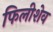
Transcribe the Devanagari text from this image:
फिलीशेव